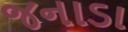
જનાડા